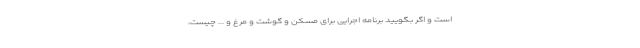
است و اگر بگویید برنامه اجرایی برای مسکن و گوشت و مرغ و ... چیست،